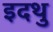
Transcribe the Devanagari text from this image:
इदथु